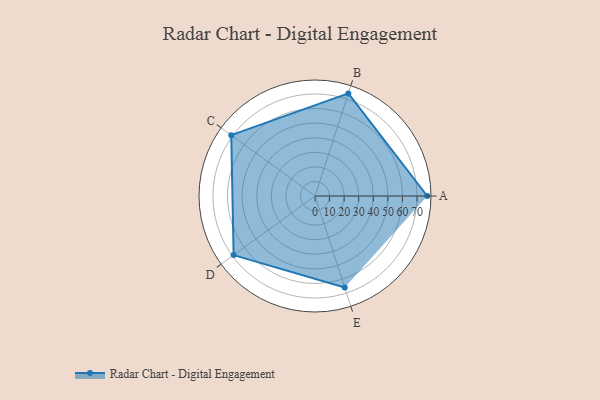
{"axis": {"x": "Skill", "y": "Score"}, "legend": ["Profile"], "data": [{"x": "A", "y": 77.0, "type": "Profile"}, {"x": "B", "y": 74.0, "type": "Profile"}, {"x": "C", "y": 71.0, "type": "Profile"}, {"x": "D", "y": 69.0, "type": "Profile"}, {"x": "E", "y": 66.0, "type": "Profile"}]}